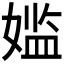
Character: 𫱕